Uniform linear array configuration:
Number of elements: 48
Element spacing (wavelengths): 0.75
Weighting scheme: kaiser
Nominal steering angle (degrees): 15
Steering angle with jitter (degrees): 13.344
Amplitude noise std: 0.05
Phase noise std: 0.05

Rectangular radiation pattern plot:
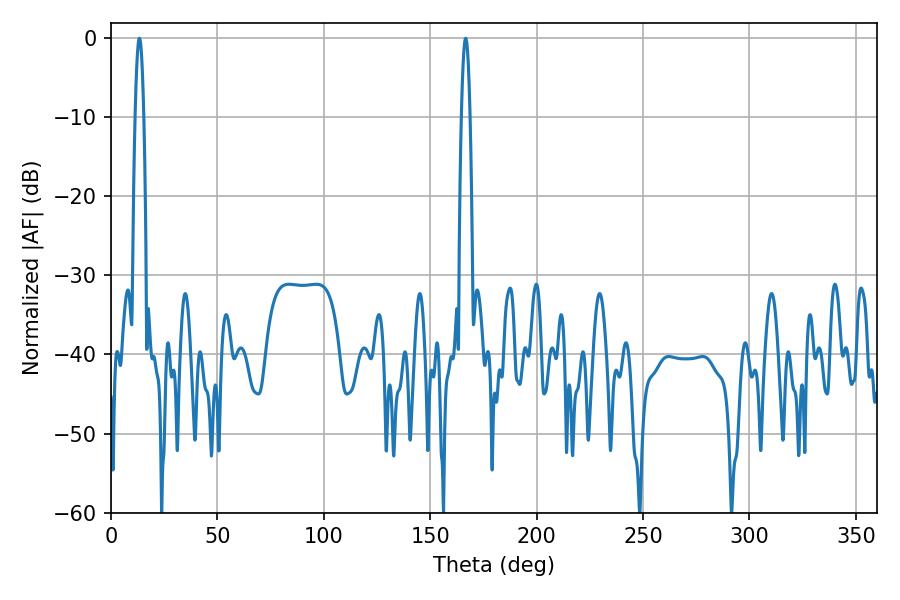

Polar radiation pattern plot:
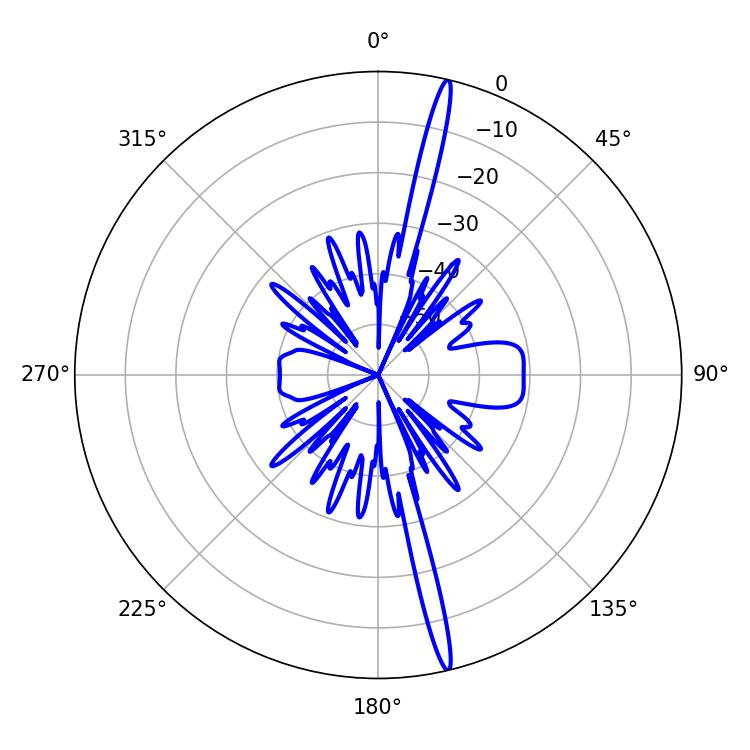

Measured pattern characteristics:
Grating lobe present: TRUE
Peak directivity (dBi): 19.986
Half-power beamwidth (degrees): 2.16
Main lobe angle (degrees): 13.32